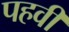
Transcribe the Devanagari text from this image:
पहवी